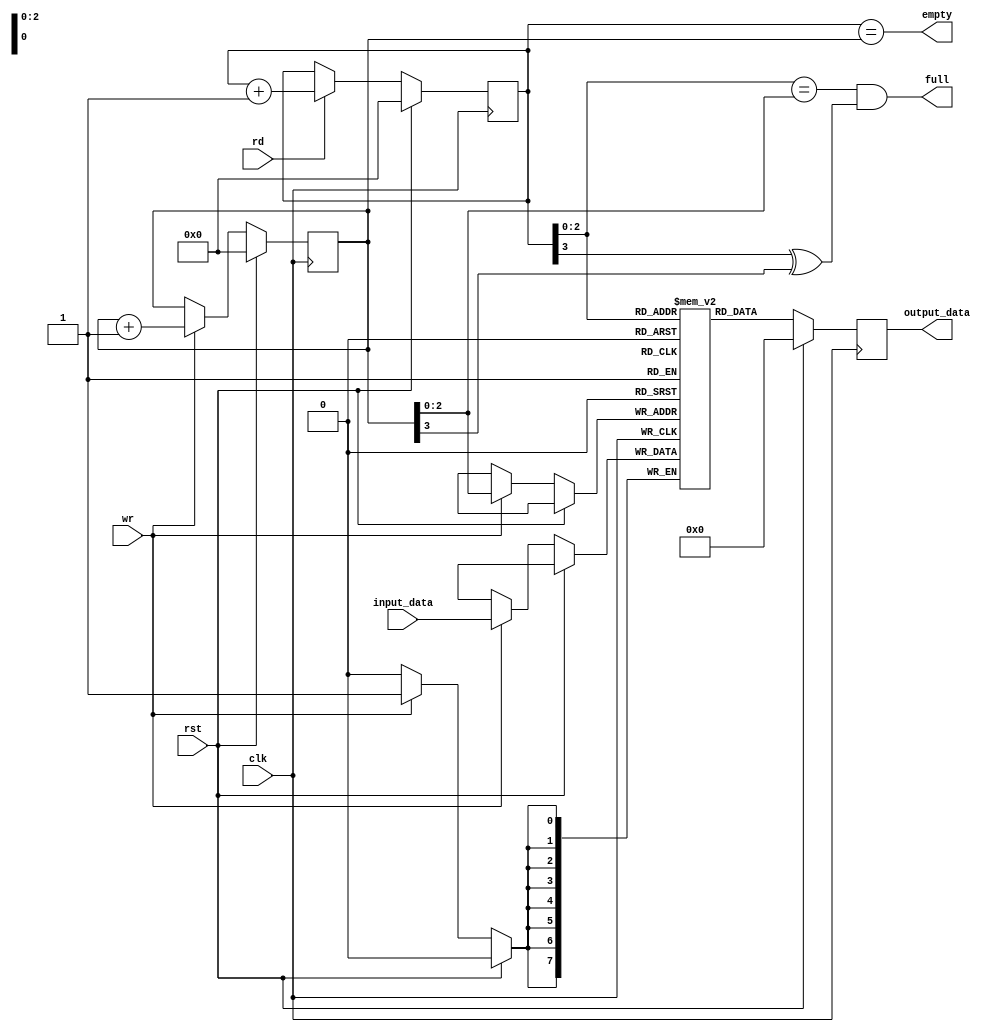
`timescale 1ns/1ps
module fifo(clk,rst,rd,wr,input_data,output_data,empty,full);
parameter FIFO_WIDTH = 8;
parameter FIFO_DEPTH = 8;
parameter POINTER_BITS = 3;
input clk;
input rst;
input rd;
input wr;
input [FIFO_WIDTH-1:0] input_data;
output reg [FIFO_WIDTH-1:0] output_data;
output empty;
output full;
reg [FIFO_WIDTH-1:0] memory [0:FIFO_DEPTH-1];
reg [POINTER_BITS:0] rd_ptr = 0;
reg [POINTER_BITS:0] wr_ptr = 0;

assign empty = rd_ptr == wr_ptr;
assign full = (rd_ptr[POINTER_BITS-1:0] == wr_ptr[POINTER_BITS-1:0]) & (rd_ptr[POINTER_BITS] ^ wr_ptr[POINTER_BITS]);
always @(posedge clk)begin
    output_data <= memory[rd_ptr[POINTER_BITS-1:0]];
    if(rst == 1) begin
        rd_ptr <= 0;
        wr_ptr <= 0;
        output_data <= 0;
    end
    else begin
        if(rd == 1) begin
            rd_ptr <= rd_ptr + 1;
        end
        if(wr == 1) begin
            memory[wr_ptr[POINTER_BITS-1:0]] <= input_data;
            wr_ptr <= wr_ptr + 1;
        end
    end

end
endmodule